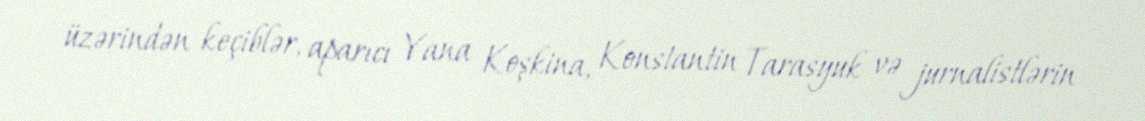
üzərindən keçiblər, aparıcı Yana Koşkina, Konstantin Tarasyuk və jurnalistlərin